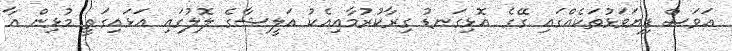
އަވަސް ފިޔަވަޅުތަކެއްގައި ގޭގެ އޮޅިގަނޑު ގިރާކުރުމާއިއެކު އަލީޝާގެ ލޮލުގައި އަޅައިގަތީ މުޅިން އާ